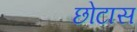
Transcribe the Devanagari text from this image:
छोटास